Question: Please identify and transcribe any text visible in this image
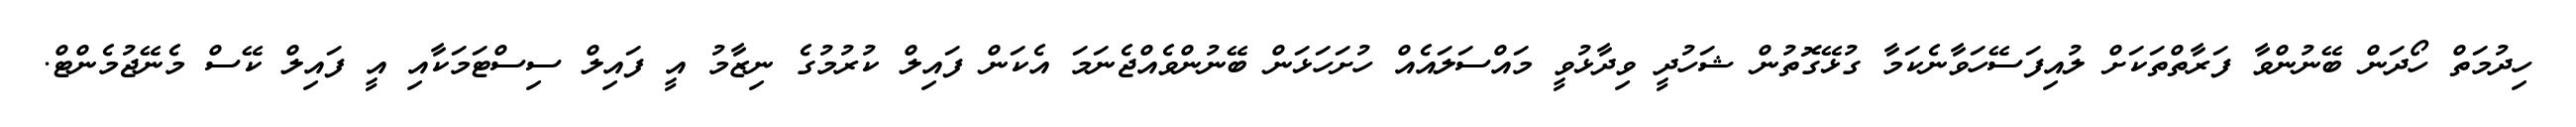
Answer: ހިދުމަތް ހޯދަން ބޭނުންވާ ފަރާތްތަކަށް ލުއިފަސޭހަވާނެކަމާ ގުޅޭގޮތުން ޝަހުދީ ވިދާޅުވީ މައްސަލައެއް ހުށަހަޅަން ބޭނުންވެއްޖެނަމަ އެކަން ފައިލް ކުރުމުގެ ނިޒާމު އީ ފައިލް ސިސްޓަމަކާއި އީ ފައިލް ކޭސް މެނޭޖުމެންޓް.